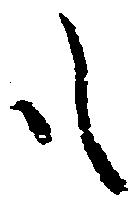
も